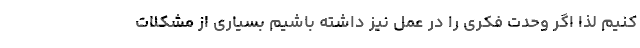
کنیم لذا اگر وحدت فکری را در عمل نیز داشته باشیم بسیاری از مشکلات